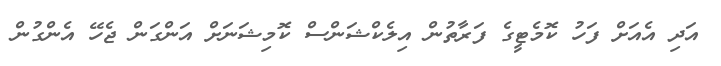
އަދި އެއަށް ފަހު ކޮމެޓީގެ ފަރާތުން އިލެކްޝަންސް ކޮމިޝަނަށް އަންގަން ޖެހޭ އެންގުން